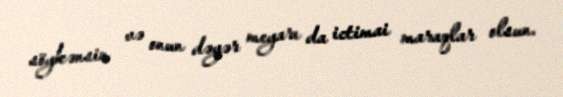
söykənsin və onun dəyər meyarı da ictimai maraqlar olsun.